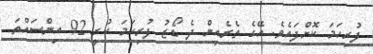
ފުރިހަމަ ކޮށްފައެވެ. އޭގެ ތެރެއިން ދެ ޑޯޒު ފުރިހަމަ ކުރީ 92 އިންސައްތަ